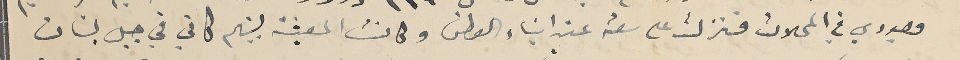
وجودي في المحلات فنزلت على سعة عند ابناء الوطن وكانت المعيشة بينهم كاني في جبل لبنان